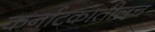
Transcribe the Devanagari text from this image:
कर्नाटकातीलच